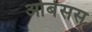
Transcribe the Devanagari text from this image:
ओबेसस